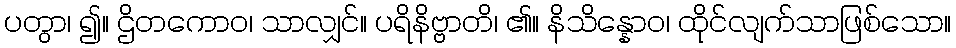
ပတွာ၊ ၍။ ဌိတကောဝ၊ သာလျှင်။ ပရိနိဗ္ဗာတိ၊ ၏။ နိသိန္နောဝ၊ ထိုင်လျက်သာဖြစ်သော။